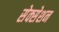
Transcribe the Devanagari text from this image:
सेक्सेशन